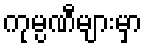
ကုမ္ပဏီများမှာ